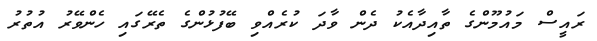
ރައީސް މައުމޫންގެ ތާއިދާއެކު ދެން ވާދަ ކުރެއްވި ބޭފުޅުންގެ ތެރޭގައި ހެންވޭރު އުތުރު